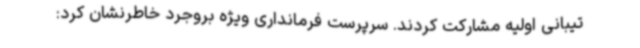
تیبانی اولیه مشارکت کردند. سرپرست فرمانداری ویژه بروجرد خاطرنشان کرد: